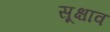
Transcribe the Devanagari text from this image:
सूक्षाव